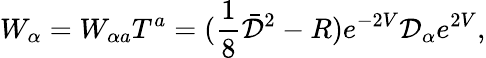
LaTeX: W_{\alpha}=W_{\alpha a}T^{a}=(\frac{1}{8}\bar{{\cal D}}^{2}-R)e^{-2V}{\cal D}_{\alpha}e^{2V},